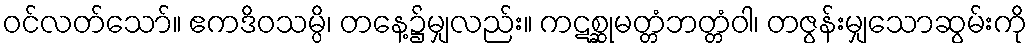
ဝင်လတ်သော်။ ဧကဒိဝသမ္ပိ၊ တနေ့၌မျှလည်း။ ကဋစ္ဆုမတ္တံဘတ္တံဝါ၊ တဇွန်းမျှသောဆွမ်းကို